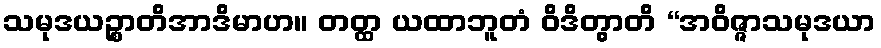
သမုဒယဉ္စာတိအာဒိမာဟ။ တတ္ထ ယထာဘူတံ ဝိဒိတွာတိ “အဝိဇ္ဇာသမုဒယာ